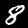
Label: 8